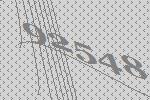
92548